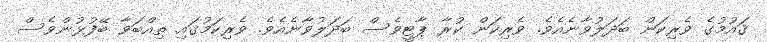
ޤައުމުގެ ވެރިކަން ބަދަލުވާނެއެވެ. ވެރިކަން ކުރާ ޕާޓީވެސް ބަދަލުވާނެއެވެ. ވެރިކަމުގައި ތިއްބަވާ ބޭފުޅުންވެސް